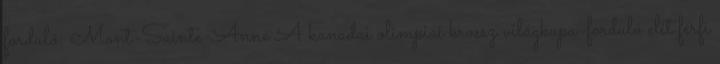
forduló: Mont-Sainte-Anne A kanadai olimpiai krossz világkupa-forduló elit férfi